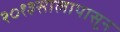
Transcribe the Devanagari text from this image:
२०१३सालापासून